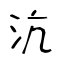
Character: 沆